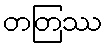
တတြဿ